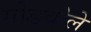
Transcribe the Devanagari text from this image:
गोडवोले